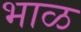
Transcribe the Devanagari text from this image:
भाळ